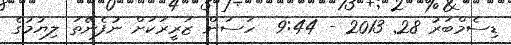
ޑިސެމްބަރު 28